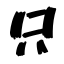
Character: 只